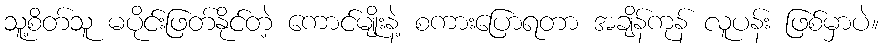
သူ့စိတ်သူ မပိုင်းဖြတ်နိုင်တဲ့ ကောင်မျိုးနဲ့ စကားပြောရတာ အချိန်ကုန် လူပန်း ဖြစ်မှာပဲ။